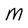
Character: M